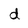
Character: d